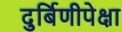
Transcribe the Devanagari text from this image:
दुर्बिणीपेक्षा